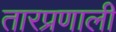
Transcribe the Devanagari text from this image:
तारप्रणाली